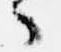
々